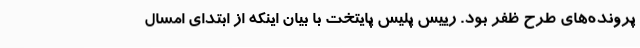
پرونده‌های طرح ظفر بود. رییس پلیس پایتخت با بیان اینکه از ابتدای امسال